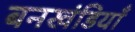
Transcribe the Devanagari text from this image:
बनखंडियाँ